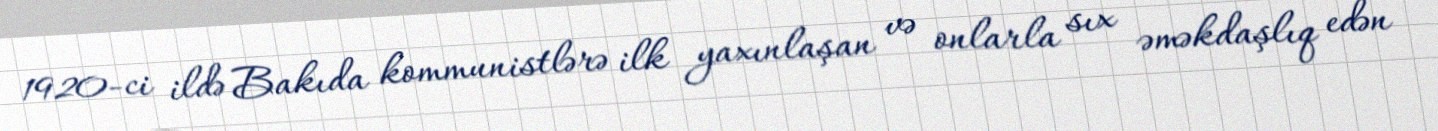
1920-ci ildə Bakıda kommunistlərə ilk yaxınlaşan və onlarla sıx əməkdaşlıq edən